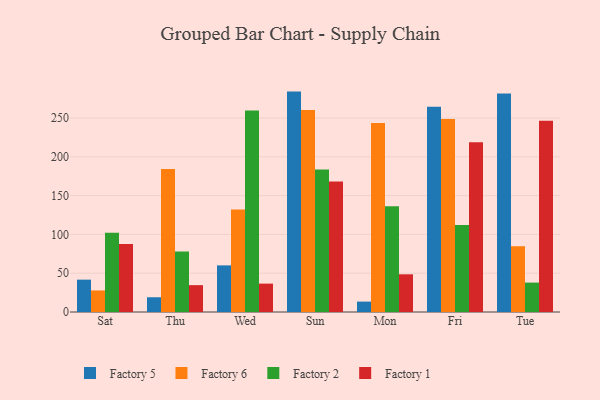
{"axis": {"x": "Day", "y": "Backlog"}, "legend": ["Factory 1", "Factory 2", "Factory 5", "Factory 6"], "data": [{"x": "Sat", "y": 41.7, "type": "Factory 5"}, {"x": "Sat", "y": 27.8, "type": "Factory 6"}, {"x": "Sat", "y": 102.1, "type": "Factory 2"}, {"x": "Sat", "y": 87.5, "type": "Factory 1"}, {"x": "Thu", "y": 19.0, "type": "Factory 5"}, {"x": "Thu", "y": 184.2, "type": "Factory 6"}, {"x": "Thu", "y": 78.0, "type": "Factory 2"}, {"x": "Thu", "y": 34.6, "type": "Factory 1"}, {"x": "Wed", "y": 60.1, "type": "Factory 5"}, {"x": "Wed", "y": 132.1, "type": "Factory 6"}, {"x": "Wed", "y": 259.6, "type": "Factory 2"}, {"x": "Wed", "y": 36.6, "type": "Factory 1"}, {"x": "Sun", "y": 284.1, "type": "Factory 5"}, {"x": "Sun", "y": 260.4, "type": "Factory 6"}, {"x": "Sun", "y": 183.7, "type": "Factory 2"}, {"x": "Sun", "y": 168.1, "type": "Factory 1"}, {"x": "Mon", "y": 13.4, "type": "Factory 5"}, {"x": "Mon", "y": 243.6, "type": "Factory 6"}, {"x": "Mon", "y": 136.4, "type": "Factory 2"}, {"x": "Mon", "y": 48.6, "type": "Factory 1"}, {"x": "Fri", "y": 264.6, "type": "Factory 5"}, {"x": "Fri", "y": 248.7, "type": "Factory 6"}, {"x": "Fri", "y": 112.3, "type": "Factory 2"}, {"x": "Fri", "y": 218.7, "type": "Factory 1"}, {"x": "Tue", "y": 281.8, "type": "Factory 5"}, {"x": "Tue", "y": 84.8, "type": "Factory 6"}, {"x": "Tue", "y": 37.9, "type": "Factory 2"}, {"x": "Tue", "y": 246.4, "type": "Factory 1"}]}